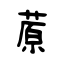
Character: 蒝